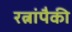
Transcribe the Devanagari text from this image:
रत्नांपैकी